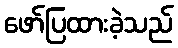
ဖော်ပြထားခဲ့သည်